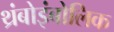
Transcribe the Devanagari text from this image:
थ्रंबोइंबोलिक